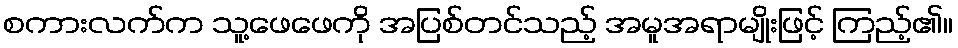
စကားလက်က သူ့ဖေဖေကို အပြစ်တင်သည့် အမူအရာမျိုးဖြင့် ကြည့်၏။